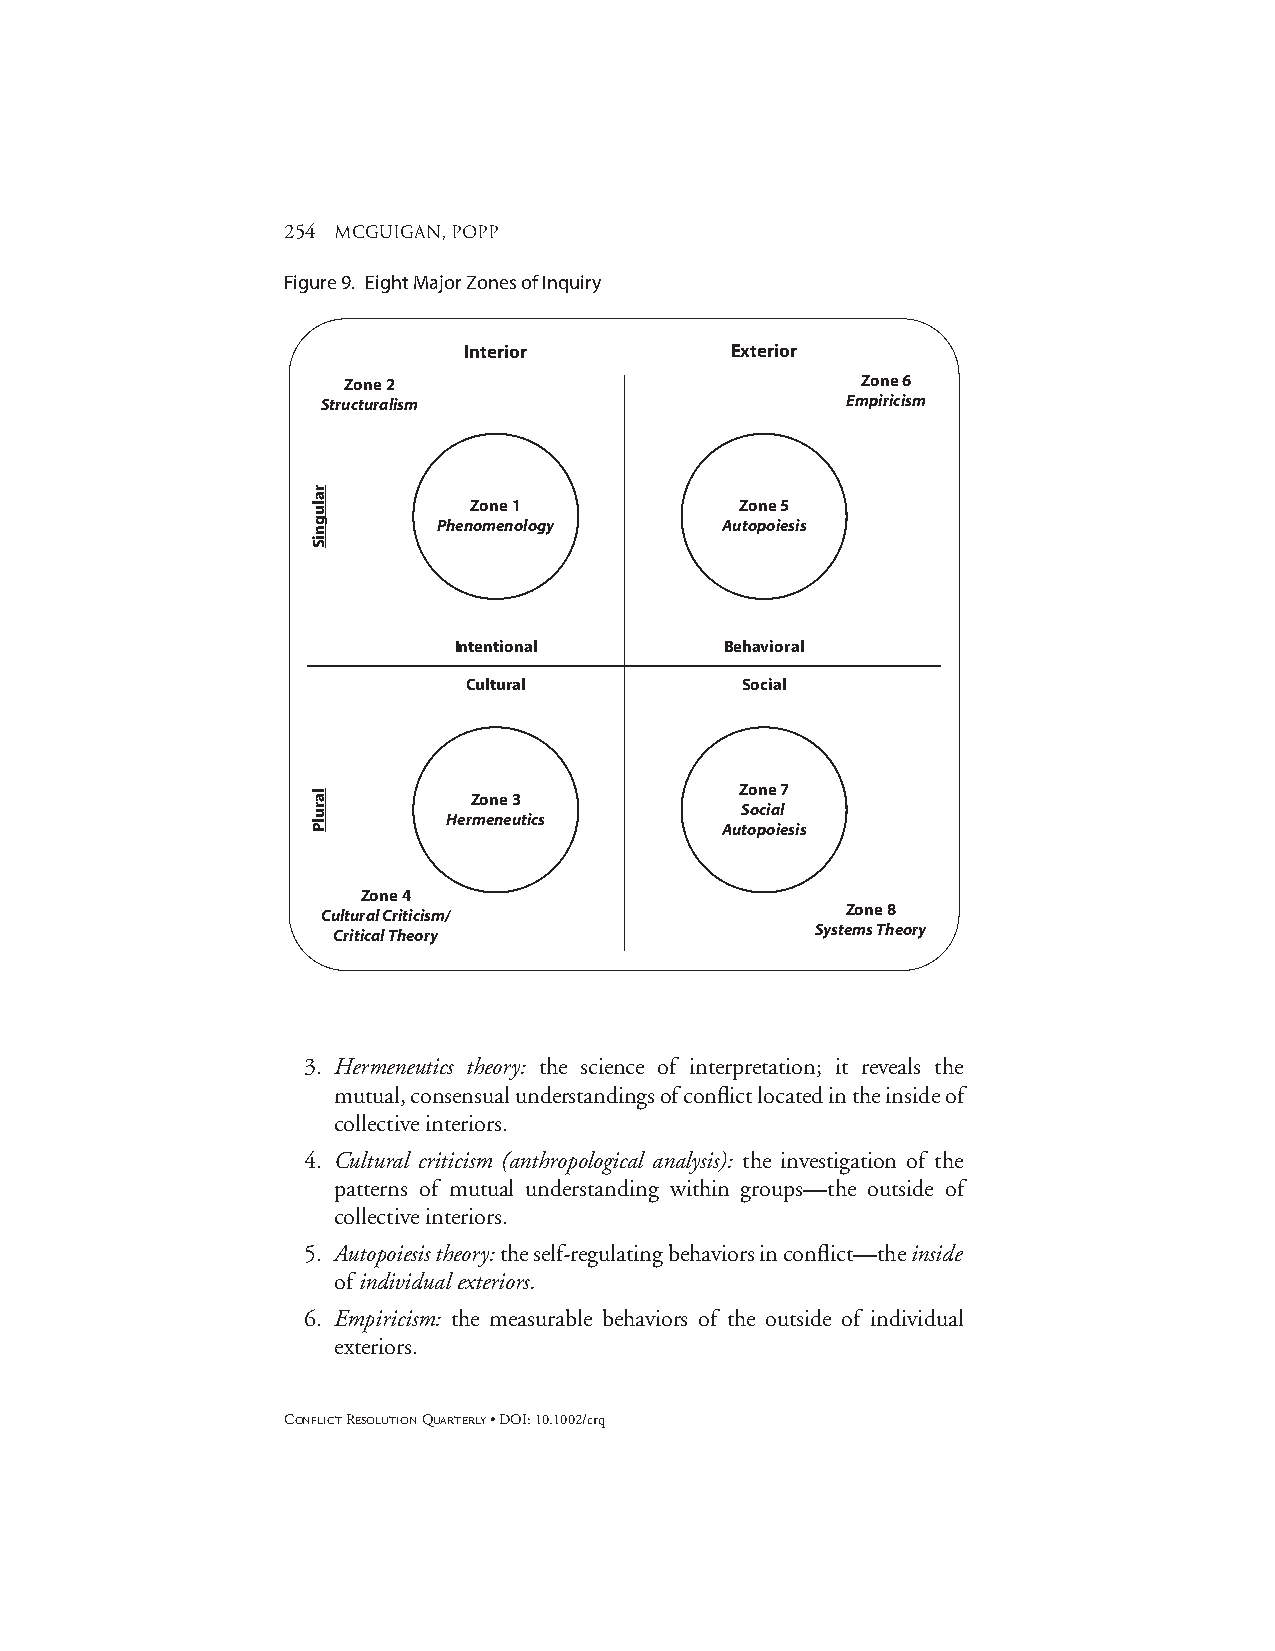
254 mcguigan, popp
 Figure 9. Eight Major Zones of Inquiry
 Interior         Exterior
 Zone 2                            Zone 6
 Structuralism                      Empiricism
 Zone 1            Zone 5
 Phenomenology      Autopoiesis
 Intentional       Behavioral
 Cultural          Social
 Zone 7
 Zone 3
 Social
 Hermeneutics
 Autopoiesis
 Zone 4
 Cultural Criticism/                Zone 8
 Critical Theory                 Systems Theory
 3. Hermeneutics theory: the science of interpretation; it reveals the
 mutual, consensual understandings of conflict located in the inside of
 collective interiors.
 4. Cultural criticism (anthropological analysis): the investigation of the
 patterns of mutual understanding within groups—the outside of
 collective interiors.
 5. Autopoiesis theory:the self-regulating behaviors in conflict—the inside
 ofindividualexteriors.
 6. Empiricism: the measurable behaviors of the outside of individual
 exteriors.
 CONFLICTRESOLUTIONQUARTERLY• DOI: 10.1002/crq
 ralugniS
 larulP